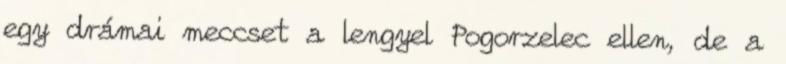
egy drámai meccset a lengyel Pogorzelec ellen, de a